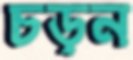
চড়ন